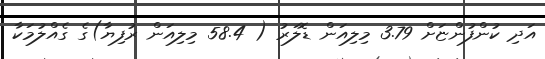
އަދި ކުންފުންޏަށް 3.79 މިލިއަން ޑޮލަރު ( 58.4 މިލިއަން ރުފިޔާ)ގެ ގެއްލުމަކާ